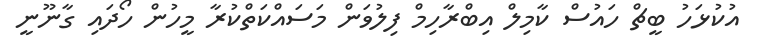
އުކުޅަހު ބީޗް ހައުސް ކާމިލް އިބްރާހިމް ފިލުވަން މަސައްކަތްކުރާ މީހުން ހޯދައި ގާނޫނީ